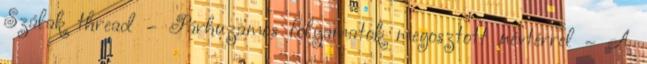
Szálak thread – Párhuzamos folyamatok megosztott névtérrel – A